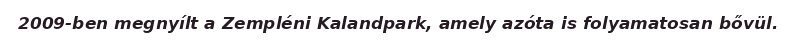
2009-ben megnyílt a Zempléni Kalandpark, amely azóta is folyamatosan bővül.